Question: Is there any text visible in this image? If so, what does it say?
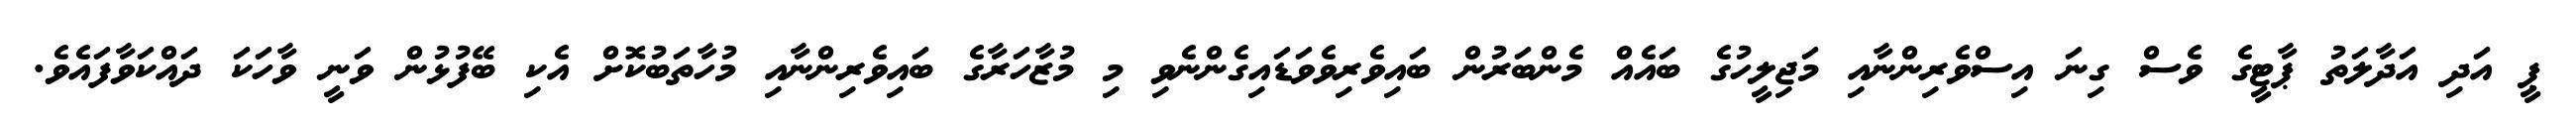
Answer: ޕީ އަދި އަދާލަތު ޕާޓީގެ ވެސް ގިނަ އިސްވެރިންނާއި މަޖިލީހުގެ ބައެއް މެންބަރުން ބައިވެރިވެވަޑައިގެންނެވި މި މުޒާހަރާގެ ބައިވެރިންނާއި މުހާތަބުކޮށް އެކި ބޭފުޅުން ވަނީ ވާހަކަ ދައްކަވާފައެވެ.